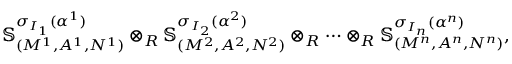
\mathbb { S } _ { ( M ^ { 1 } , A ^ { 1 } , N ^ { 1 } ) } ^ { \sigma _ { I _ { 1 } } ( \alpha ^ { 1 } ) } \otimes _ { R } \mathbb { S } _ { ( M ^ { 2 } , A ^ { 2 } , N ^ { 2 } ) } ^ { \sigma _ { I _ { 2 } } ( \alpha ^ { 2 } ) } \otimes _ { R } \cdots \otimes _ { R } \mathbb { S } _ { ( M ^ { n } , A ^ { n } , N ^ { n } ) } ^ { \sigma _ { I _ { n } } ( \alpha ^ { n } ) } ,